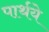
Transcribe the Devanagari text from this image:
पार्थये